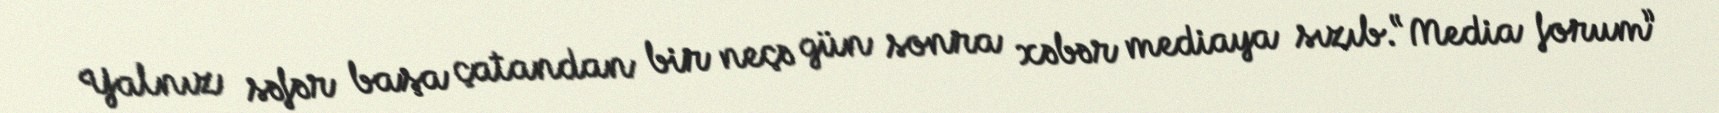
Yalnız səfər başa çatandan bir neçə gün sonra xəbər mediaya sızıb.“Media forum”